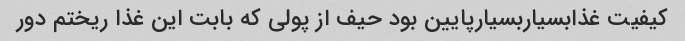
کیفیت غذابسیاربسیارپایین بود حیف از پولی که بابت این غذا ریختم دور